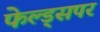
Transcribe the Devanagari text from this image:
फेल्ड्सपर